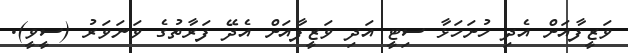
ވަޒީފާއަށް އެދި ހުށަހަޅާ ސިޓީ އަދި ވަޒީފާއަށް އެދޭ ފަރާތުގެ ވަނަވަރު (ސީވީ).